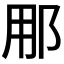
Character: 𮟳